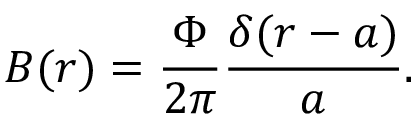
B ( r ) = \displaystyle \frac { \Phi } { 2 \pi } \displaystyle \frac { \delta ( r - a ) } { a } .